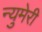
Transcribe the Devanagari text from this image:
न्युमेरी